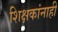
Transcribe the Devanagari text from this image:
शिक्षकांनाही